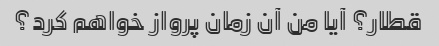
قطار؟ آیا من آن زمان پرواز خواهم کرد؟